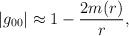
\begin{align*}|g_{00}|\approx 1-\frac{2m(r)}{r}, \end{align*}